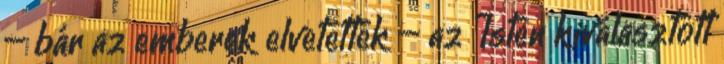
– bár az emberek elvetették – az Isten kiválasztott